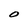
Character: O